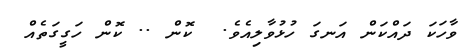
ވާހަކަ ދައްކަން އަނގަ ހުޅުވާލިއެވެ.  ކޮން .. ކޮން ހަގީގަތެއް